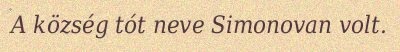
A község tót neve Simonovan volt.